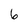
Character: 6